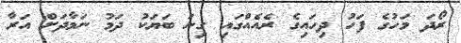
ރޯދަ މަހުގެ ފަހު ދިހައިގެ ރެއެއްގައި ގިނަ ބަޔަކު ދަމު ނަމާދަށް އަރާ